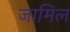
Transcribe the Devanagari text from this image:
जामिल